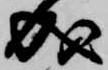
成